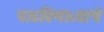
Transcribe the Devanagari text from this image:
पाठविणाऱ्याचे